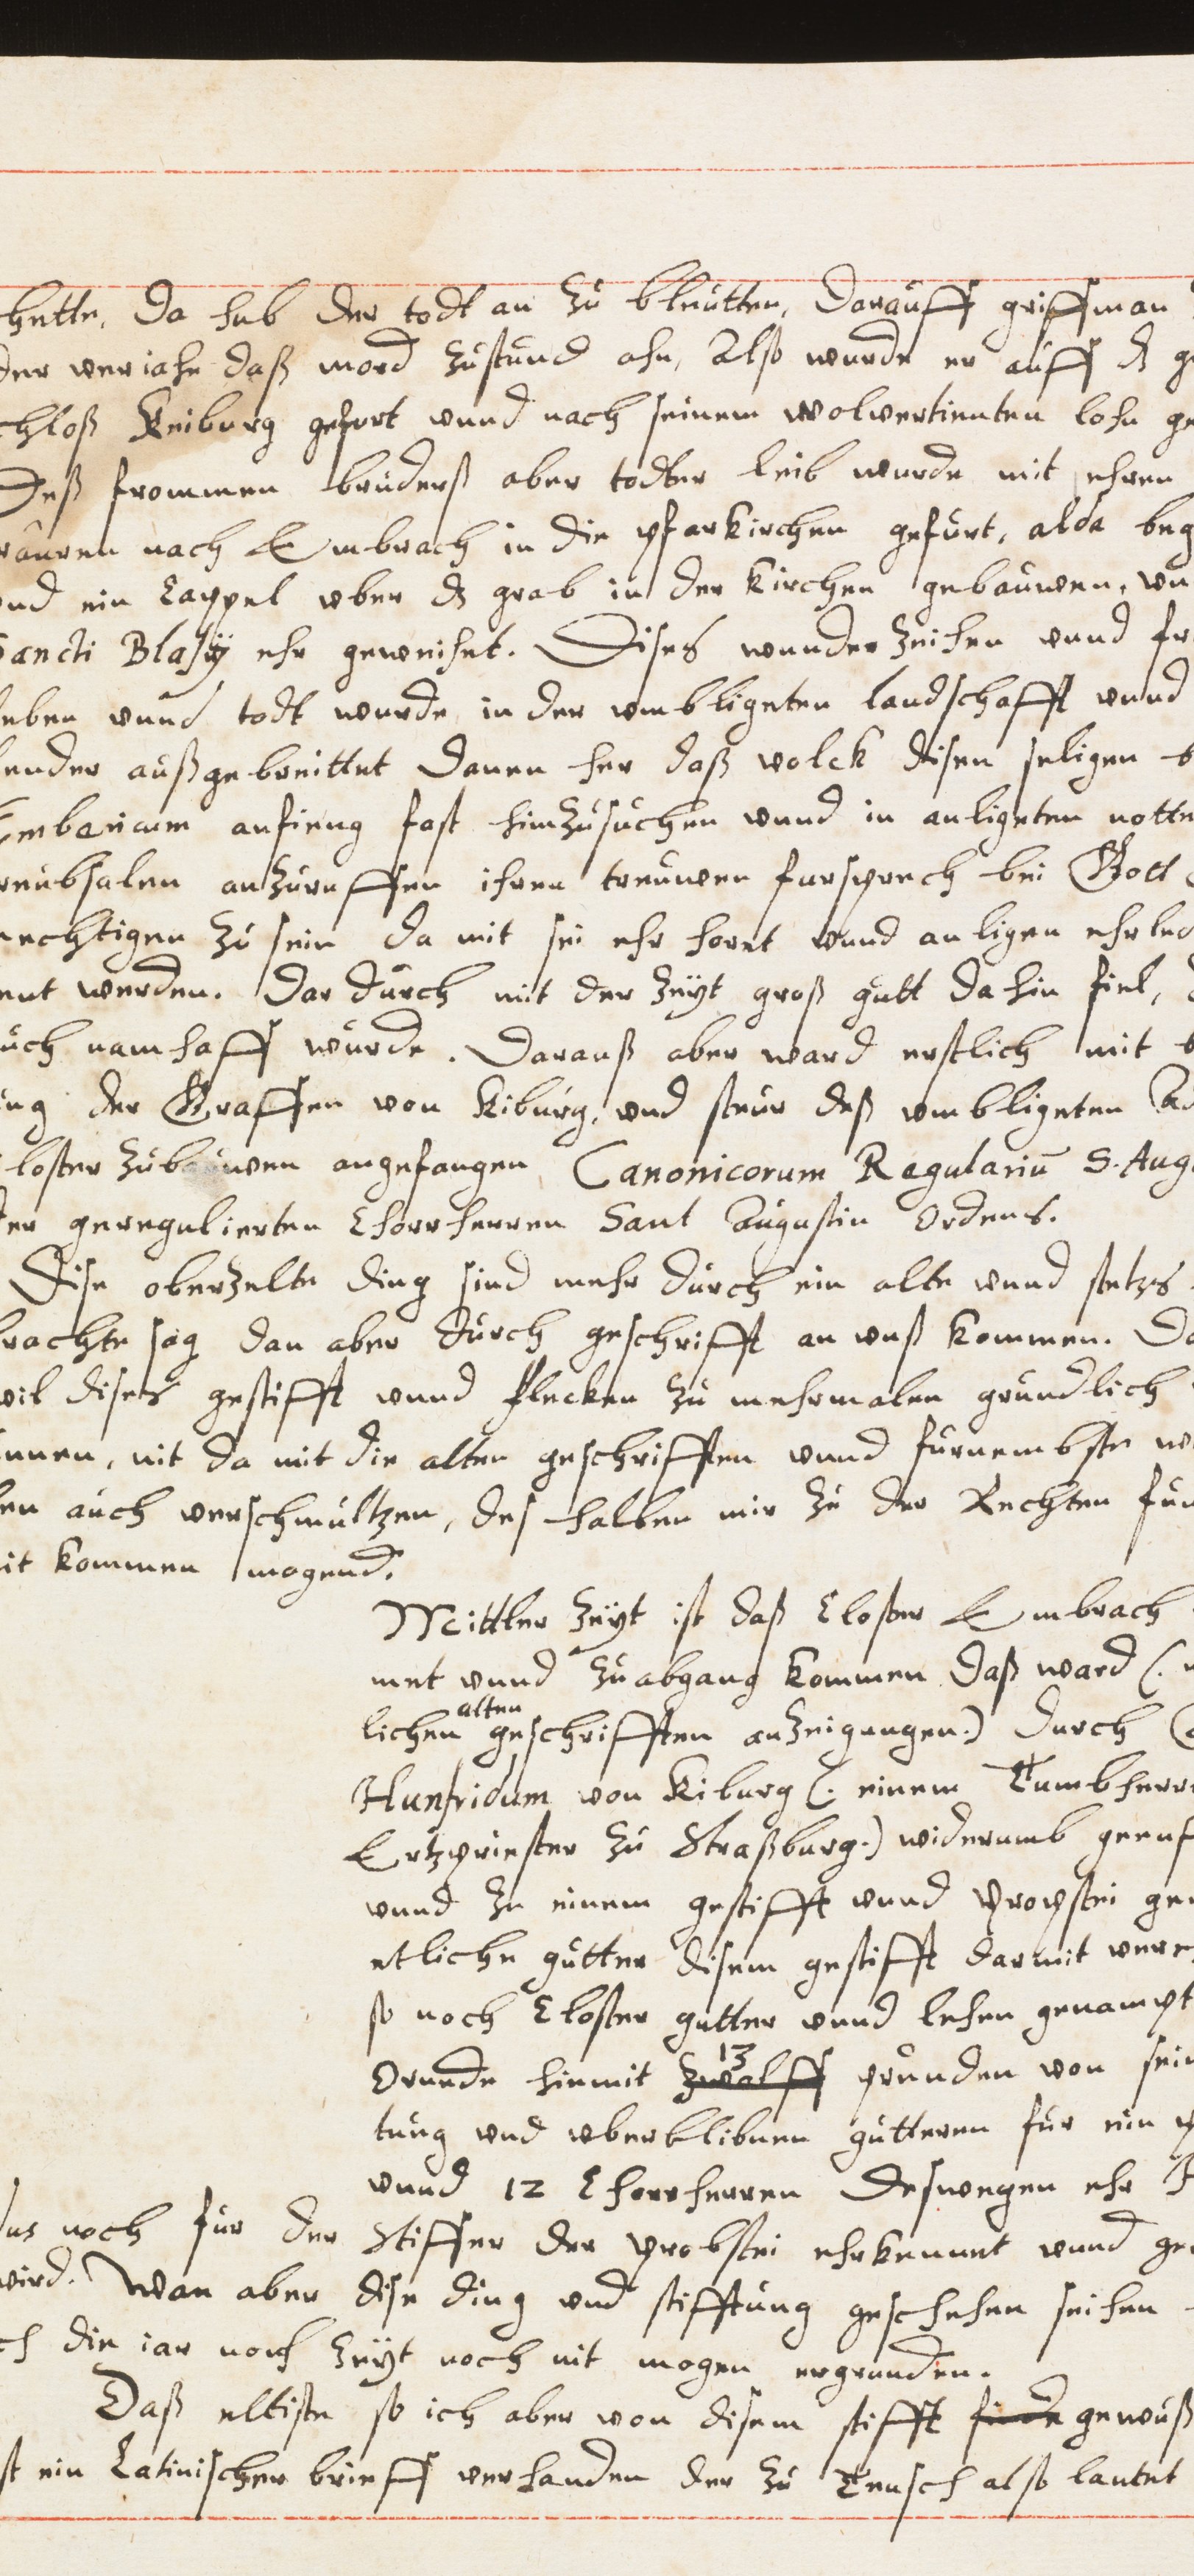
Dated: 1614–1638